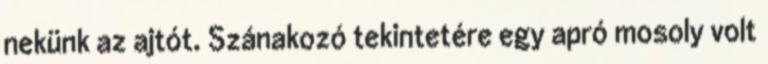
nekünk az ajtót. Szánakozó tekintetére egy apró mosoly volt